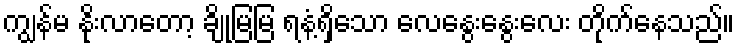
ကျွန်မ နိုးလာတော့ ချိုမြမြ ရနံ့ရှိသော လေနွေးနွေးလေး တိုက်နေသည်။